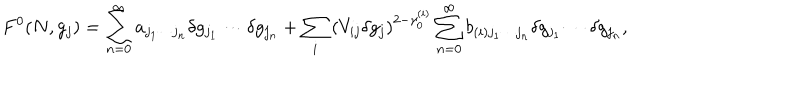
F ^ { 0 } ( N , g _ { j } ) = \sum _ { n = 0 } ^ { \infty } a _ { j _ { 1 } \cdots j _ { n } } \delta g _ { j _ { 1 } } \cdots \delta g _ { j _ { n } } + \sum _ { i } \left( V _ { i j } \delta g _ { j } \right) ^ { 2 - \gamma _ { 0 } ^ { ( i ) } } \sum _ { n = 0 } ^ { \infty } b _ { ( i ) j _ { 1 } \cdots j _ { n } } \delta g _ { j _ { 1 } } \cdots \delta g _ { j _ { n } } ,